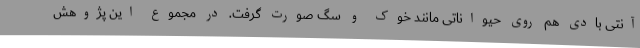
آنتی بادی هم روی حیواناتی مانند خوک و سگ صورت گرفت. در مجموع این پژوهش